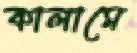
কালামে